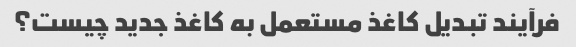
فرآیند تبدیل کاغذ مستعمل به کاغذ جدید چیست؟